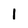
Character: 1